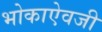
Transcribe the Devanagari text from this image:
भोकाऐवजी